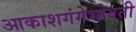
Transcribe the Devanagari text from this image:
आकाशगंगेभोवती